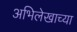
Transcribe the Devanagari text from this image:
अभिलेखाच्या